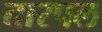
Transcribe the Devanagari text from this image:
तारपल